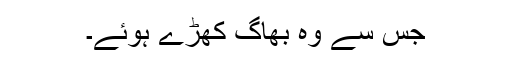
جس سے وہ بھاگ کھڑے ہوئے۔